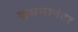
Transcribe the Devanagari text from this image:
वमनानंतर